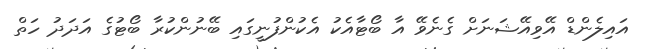
އައިލެންޑް އޭވިއޭޝަނަށް ގެނެވޭ އާ ބޯޓާއެކު އެކުންފުނީގައި ބޭނުންކުރާ ބޯޓުގެ އަދަދު ހަތް